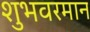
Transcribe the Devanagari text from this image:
शुभवरमान